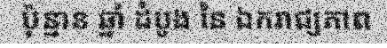
ប៉ុន្មាន ឆ្នាំ ដំបូង នៃ ឯករាជ្យភាព